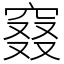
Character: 窡